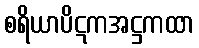
စရိယာပိဋကအဋ္ဌကထာ